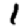
Digit: 1